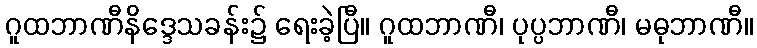
ဂူထဘာဏီနိဒ္ဒေသခန်း၌ ရေးခဲ့ပြီ။ ဂူထဘာဏီ၊ ပုပ္ပဘာဏီ၊ မဓုဘာဏီ။